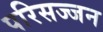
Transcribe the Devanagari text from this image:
परिसज्जन